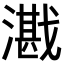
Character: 𪭕